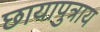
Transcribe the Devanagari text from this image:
छायापुत्राय